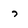
Character: 7